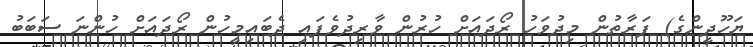
ޔަހޫދީންގެ) ފަރާތުން މިދުވަހު ރޯދައަށް ހުރުން ވާރިދުވެފައި ދެބައިމީހުން ރޯދައަށް ހުންނަ ސަބަބު